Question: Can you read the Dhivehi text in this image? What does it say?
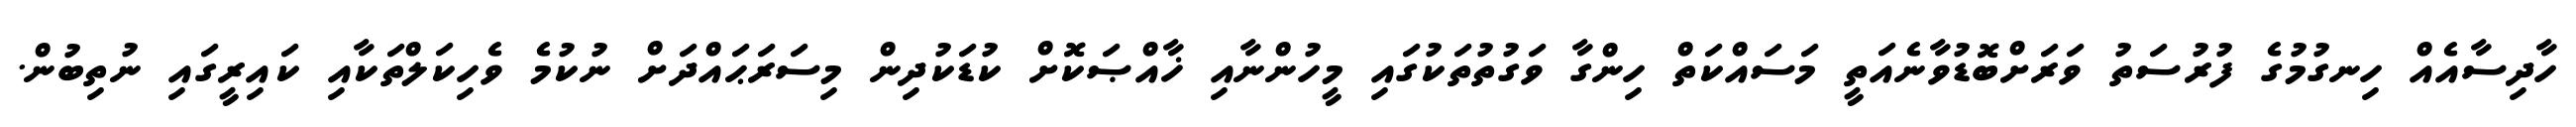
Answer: ހާދިސާއެއް ހިނގުމުގެ ފުރުސަތު ވަރަށްބޮޑުވާނެއަތީ މަސައްކަތް ހިންގާ ވަގުތުތަކުގައި މީހުންނާއި ޚާއްޞަކޮށް ކުޑަކުދިން މިސަރަޙައްދަށް ނުކުމެ ވެހިކަލްތަކާއި ކައިރީގައި ނުތިބުން.